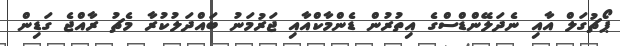
ޕޯޗުގަލް އާއި ނެދަލޭންޑްސްގެ އިތުރުން ޑެންމާކްއާއި ޖަރުމަނު ބައްދަލުކުރާ މެޗު ރާއްޖެ ގަޑިން